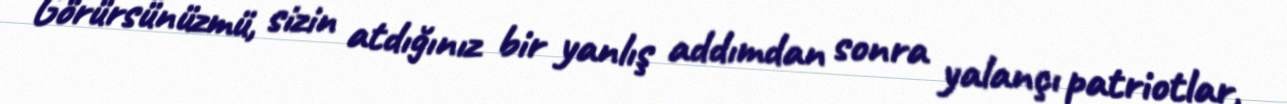
Görürsünüzmü, sizin atdığınız bir yanlış addımdan sonra yalançı patriotlar,